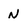
Character: N